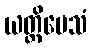
ယတ္ထိမေသံ